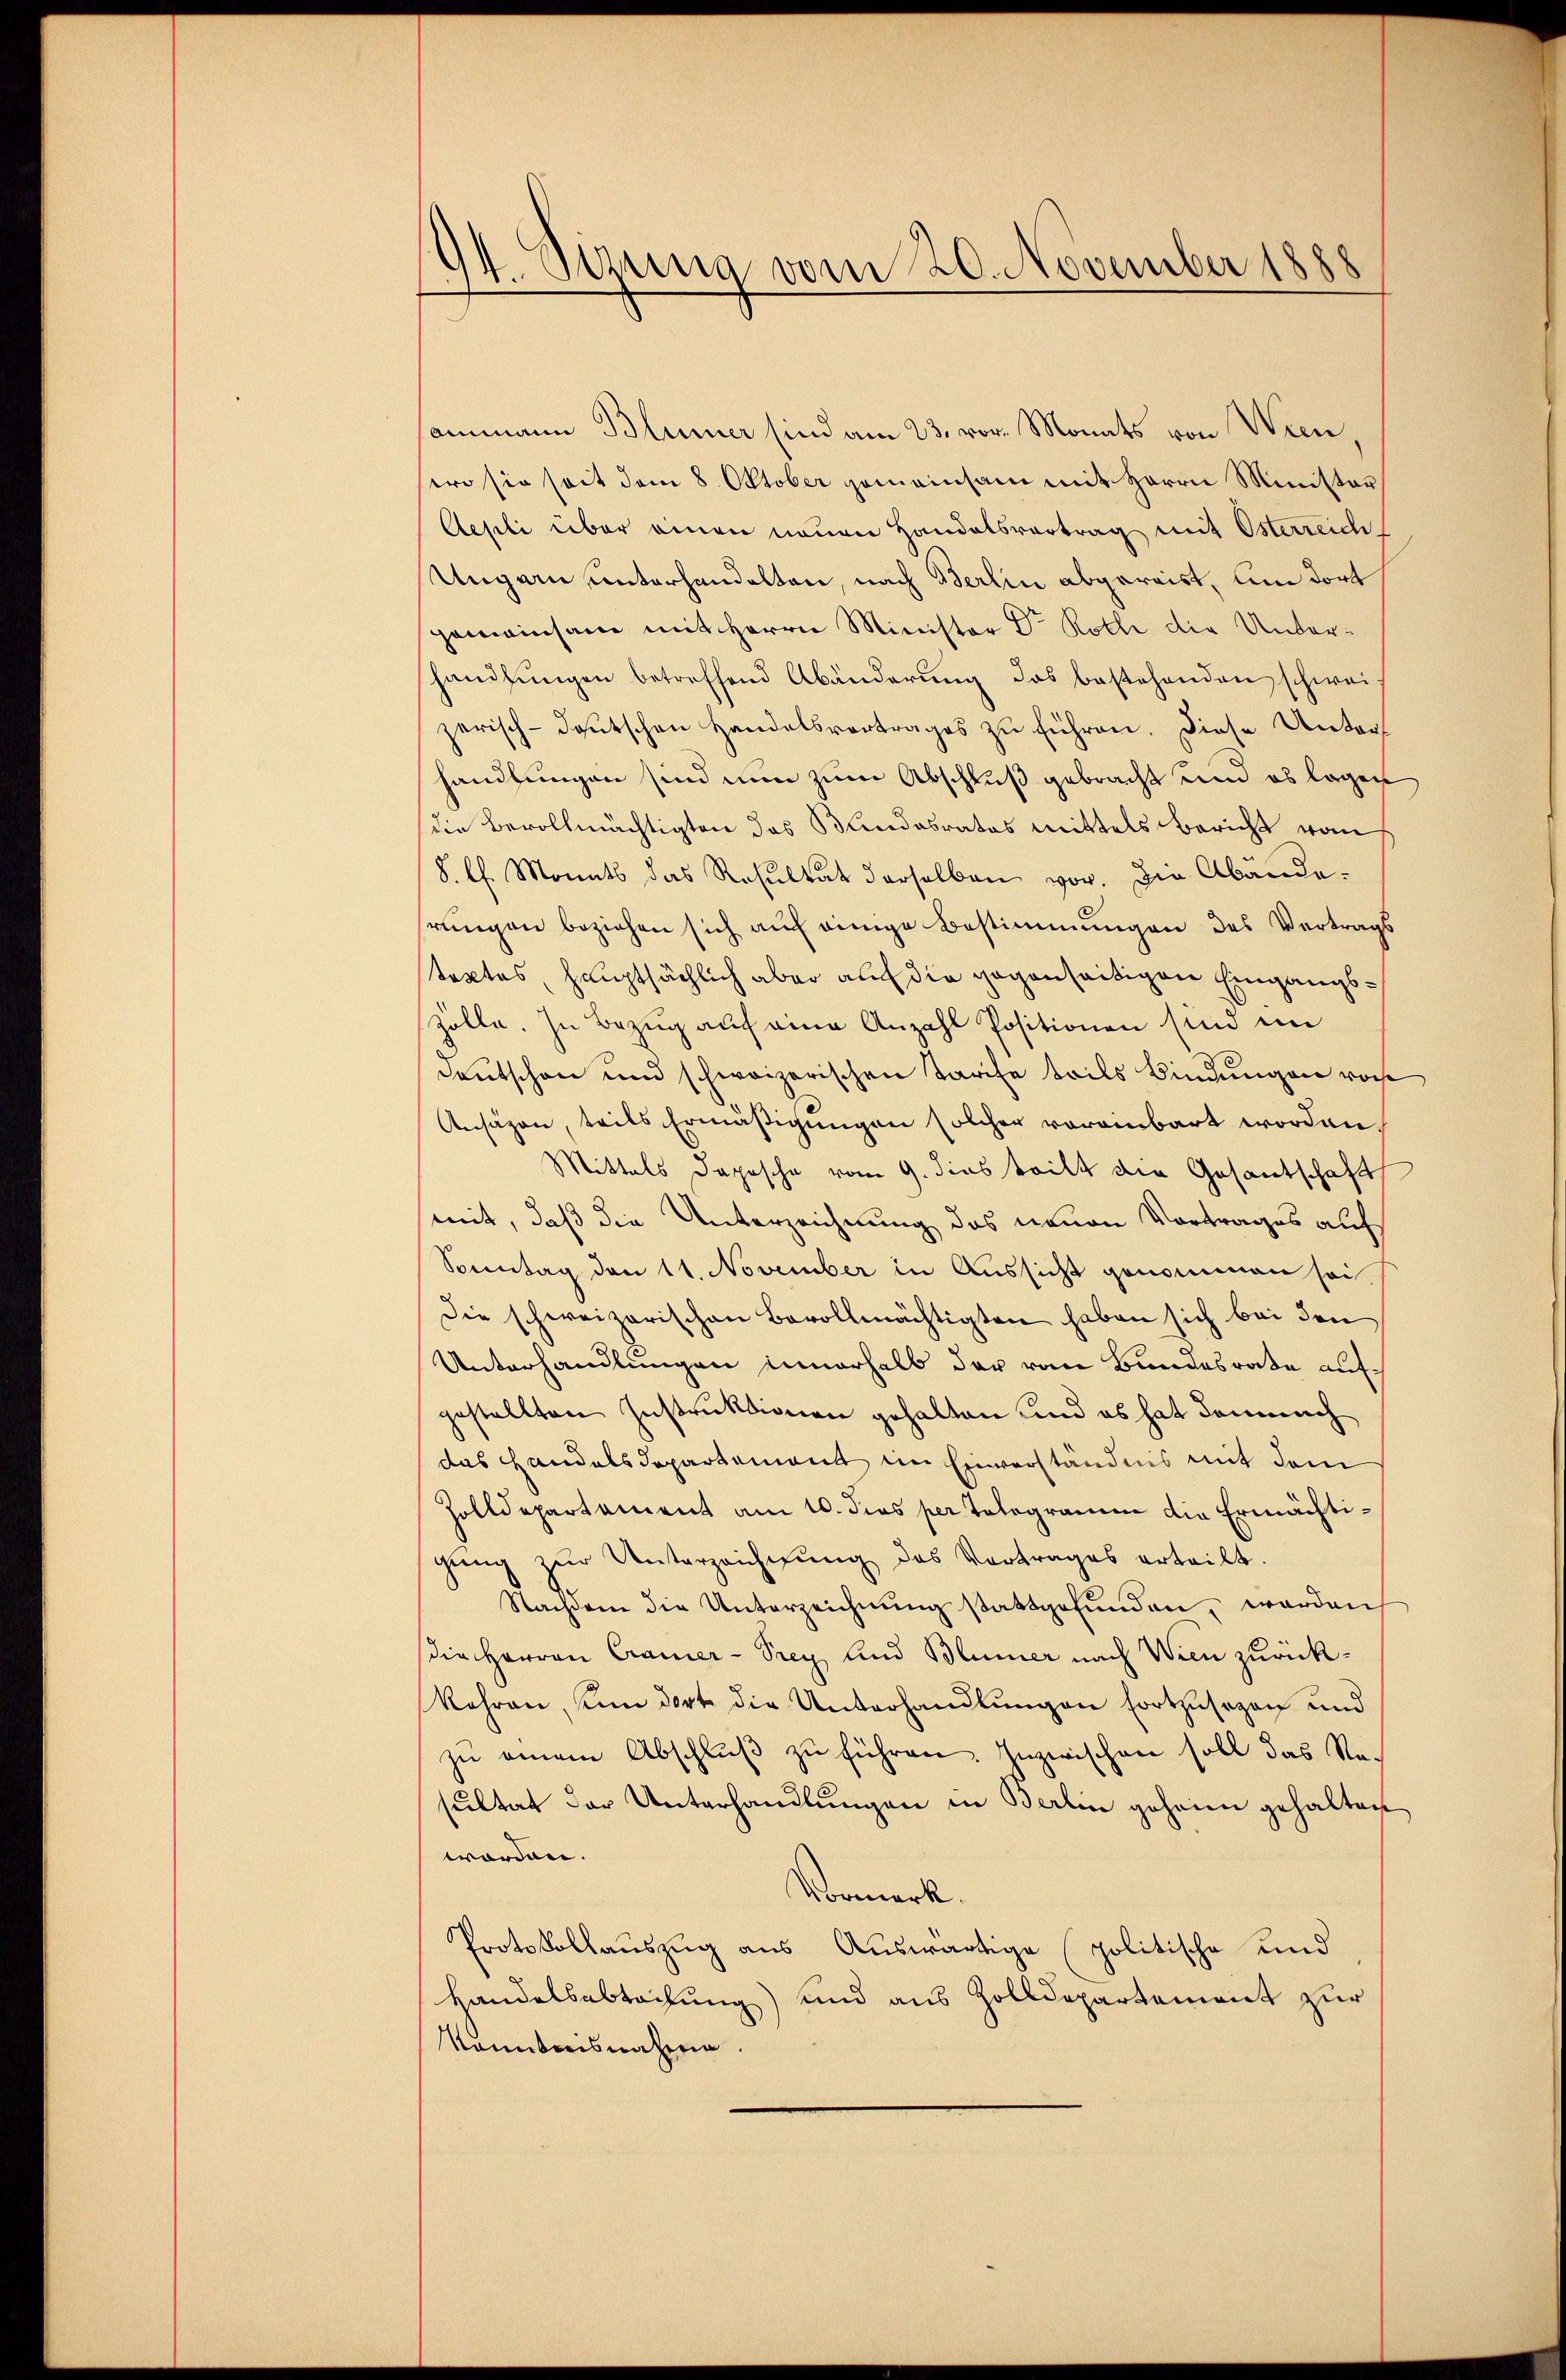
9/ Sizung vom 20. November 1888

sammann Blümer sind am 23. vor. Monats von Wien,
sero sie seit dem 8. Oktober gemeinsam mit Herrn Ministor
Aesili über einen neuen Handelsvortrag mit Österreich.
Ungarn unterhandelten, nach Berlin abgereist, um dort
gemeinsam mit Herrn Minister Dr. Rolle die Unterhandlŭngen betreffend Abänderŭng das bestehenden schwei-
zerisch-deutschen Handelsvertrages zu führen. Diese Unterhandlungen sind nun zum Abschluß gebracht und es lagen
die Bevollmächtigten das Bandesrates mittels Bericht vom
S. l. Monats das Resultat derselben vor. Die Abänderungen beziehen sich auf einige Bestimmungen des Vertrags
tactes, hauptsächlich aber auf die gegenseitigen Eingangs¬
Zolle. In Bezug auf eine Anzahl Positionen sind im
Deutschen und schweizerischen Tarife teils Bindungen vorhe
Ansäzen, teils Ermäßigungen solcher voreinbart worden.
Mittels Depesche vom 9. dies teilt die Gesantschafts
semit, daß die Unterzeichnung das neuen Vortrages auf
Sonntag den 11. November in Aussicht genommen sei
Die schweizerischen Bevollmächtigten haben sich bei den
Unterhandlungen innerhalb der vom Bundesrate aufgestellten Instruktionen gehalten und es hat demnach
das Handelsdepartement im Einverständnis mit dem
Holldepartement am 10. dies per Telegramm die Ermächtigŭng zŭr Unterzeichnŭng des Vertrages erteilt.
Nachdem die Unterzeichnŭng stattgefŭnden, werden
die Herren Cramer-Prey und Blümer nach Wien zurück¬
Kehren, kam dort die Unterhandlungen fortzusezen und
zu einem Abschluβ zŭ führen. Inzwischen soll das Nesultat der Unterhandlungen in Berlin geheim gehalten
worden.
Vormerk.
Protokollauszug aus Auswärtige (politische und
Handelsabtachung) und aus Zolldepartement zur
kanntensnahme